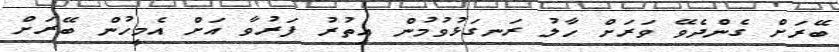
ބޭރަށް ގެންދެވޭ ވަރަށް ހާލު ރަނގަޅުވުމުން އިތުރު ފަރުވާ އަށް އެމީހުން ބޭރަށް